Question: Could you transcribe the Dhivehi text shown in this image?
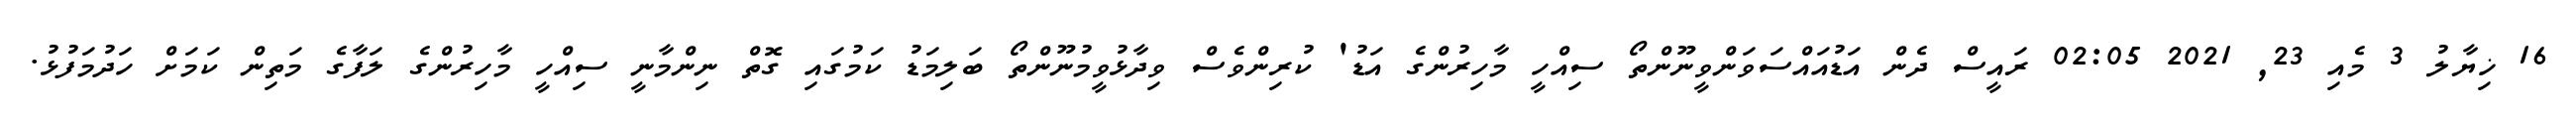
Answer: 16 ޚިޔާލު 3 މެއި 23, 2021 02:05 ރައީސް ދެން އަޑުއައްސަވަންވީނޫންތޯ ސިއްހީ މާހިރުންގެ އަޑު' ކުރިންވެސް ވިދާޅުވީމުނޫންތޯ ބަލިމަޑު ކަމުގައި ގޮތް ނިންމާނީ ސިއްހީ މާހިރުންގެ ލަފާގެ މަތިން ކަމަށް ހަދުމަފުޅު.